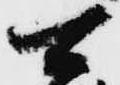
可